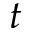
t